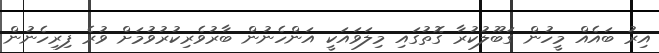
އިރު ބައެއް މީހުން ގަބޫލުކުރާ ގޮތުގައި މިލަވައަކީ އަންހެނުން ބާރުވެރިކުރުވުމަށް ވުރެ ފިރިހެނުން